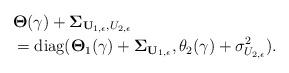
LaTeX: \begin{align*}&\mathbf{\Theta}(\gamma)+\mathbf{\Sigma}_{\mathbf{U}_{1,\epsilon},U_{2,\epsilon}}\\&=\mbox{diag}(\mathbf{\Theta}_{1}(\gamma)+\mathbf{\Sigma}_{\mathbf{U}_{1,\epsilon}}, \theta_{2}(\gamma)+\sigma^2_{U_{2,\epsilon}}).\end{align*}